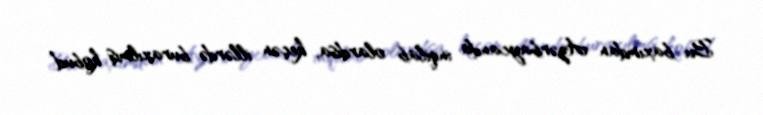
Bu baxımdan Azərbaycanda inqilab olardısa, keçən illərdə buraxılmış kobud